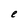
Character: e